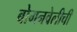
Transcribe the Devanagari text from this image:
बोगनवेलीची